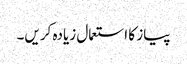
پیاز کا استعمال زیادہ کریں۔